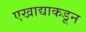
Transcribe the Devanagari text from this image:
एखाद्याकडून